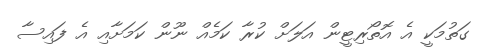
ގަތުމަކީ އެ އޮތޯރިޓީން އަލަށް ކުރާ ކަމެއް ނޫން ކަމަށާއި އެ ފައިސާ